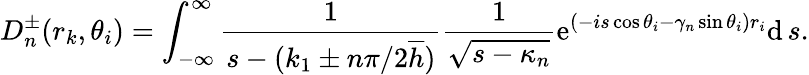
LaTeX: D_{n}^{\pm}(r_{k},\theta_{i})=\int_{-\infty}^{\infty}\frac{1}{s-(k_{1}\pm n\pi/2\overline{{h}})}\frac{1}{\sqrt{s-\kappa_{n}}}\mathrm{e}^{(-is\cos\theta_{i}-\gamma_{n}\sin\theta_{i})r_{i}}\mathrm{d}\, s.